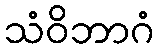
သံဝိဘာဂံ